Report of the Indian Hemp Drugs Commission, 1894-1895 - Volume VIII
Year: 1894
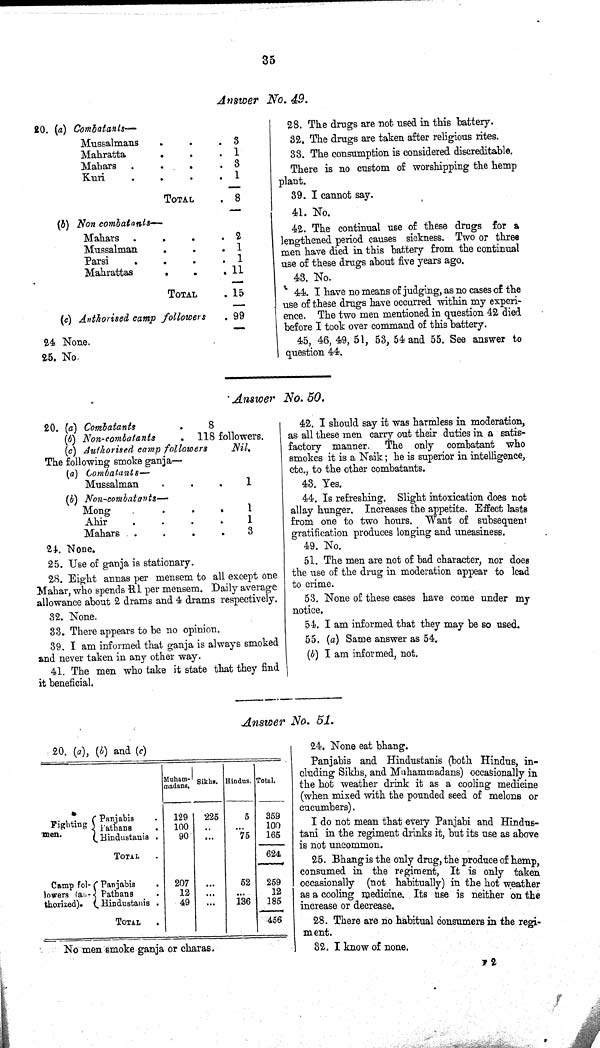
35
Answer No. 49.
20. (a) Combatants—
Mussalmans
3
Mahratta
1
Mahars
3
Kuri
1
TOTAL
8
(b) Non combatants—
Mahars
2
Mussalman
1
Parsi
1
Mahrattas
11
TOTAL
15
(c) Authorised camp followers
99
24 None.
25. No
28. The drugs are not used in this battery.
32. The drugs are taken after religious rites.
33. The consumption is considered discreditable.
There is no custom of worshipping the hemp
plant.
39. I cannot say.
41. No.
42. The continual use of these drugs for a
lengthened period causes sickness. Two or three
men have died in this battery from the continual
use of these drugs about five years ago.
43. No.
44. I have no means of judging, as no cases of the
use of these drugs have occurred within my experi-
ence. The two men mentioned in question 42 died
before I took over command of this battery.
45, 46, 49, 51, 53, 54 and 55. See answer to
question 44.
Answer No. 50.
20. (a) Combatants
8
{6) Non-combatants
118 followers.
(c) Authorised camp followers
Nil.
The following smoke ganja—
(a) Combatants—
Mussalman
1
(b) Non-combatants—
Mong
1
Ahir
1
Mahars
3
24. None.
25. Use of ganja is stationary.
28. Eight annas per mensem to all except one
Mahar, who spends R1 per mensem. Daily average
allowance about 2 drams and 4 drams respectively.
32. None.
33. There appears to be no opinion.
39. I am informed that ganja is always smoked
and never taken in any other way.
41. The men who take it state that they find
it beneficial.
42. I should say it was harmless in moderation,
as all these men carry out their duties in a satis-
factory manner. The only combatant who
smokes it is a Naik; he is superior in intelligence,
etc., to the other combatants.
43. Yes.
44. Is refreshing. Slight intoxication does not
allay hunger. Increases the appetite. Effect lasts
from one to two hours. Want of subsequent
gratification produces longing and uneasiness.
49. No.
51. The men are not of bad character, nor does
the use of the drug in moderation appear to lead
to crime.
53. None of these cases have come under my
notice.
54. I am informed that they may be so used.
55. (a) Same answer as 54.
(b) I am informed, not.
Answer No. 51.
20. (a), (b) and (c)
Muham-
madans. Sikhs. Hindus. Total.
Fighting
men.
Panjabis
Pathans
Hindustanis
129
100
90
225
5
75
359
100
165
TOTAL
624
Camp fol-
-owers (au-
thorized).
Panjabis
Pathans
Hindustanis
207
13
49
52
136
259
12
185
TOTAL
456
No men smoke ganja or charas.
24. None eat bhang.
Panjabis and Hindustanis (both Hindus, in-
cluding Sikhs, and Muhammadans) occasionally in
the hot weather drink it as a cooling medicine
(when mixed with the pounded seed of melons or
cucumbers).
I do not mean that every Panjabi and Hindus-
tani in the regiment drinks it, but its use as above
is not uncommon.
25. Bhang is the only drug, the produce of hemp,
consumed in the regiment, It is only taken
occasionally (not habitually) in the hot weather
as a cooling medicine. Its use is neither on the
increase or decrease.
28. There are no habitual consumers in the regi-
ment.
32. I know of none.
F 2